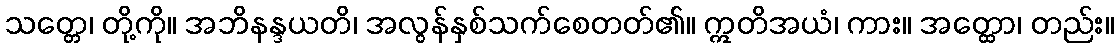
သတ္တေ၊ တို့ကို။ အဘိနန္ဒယတိ၊ အလွန်နှစ်သက်စေတတ်၏။ ဣတိအယံ၊ ကား။ အတ္ထော၊ တည်း။